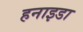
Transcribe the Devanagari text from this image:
हनाइडा